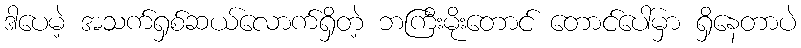
ဒါပေမဲ့ အသက်ရှစ်ဆယ်လောက်ရှိတဲ့ ဘကြီးမိုးတောင် တောင်ပေါ်မှာ ရှိနေတာပဲ